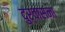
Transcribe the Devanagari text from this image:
दुर्वासना